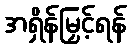
အရှိန်မြှင့်ရန်